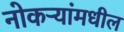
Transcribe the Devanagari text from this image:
नोकऱ्यांमधील